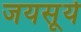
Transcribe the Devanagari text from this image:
जयसूर्य